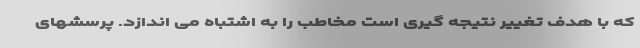
که با هدف تغییر نتیجه گیری است مخاطب را به اشتباه می اندازد. پرسشهای